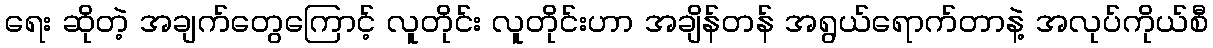
ရေး ဆိုတဲ့ အချက်တွေကြောင့် လူတိုင်း လူတိုင်းဟာ အချိန်တန် အရွယ်ရောက်တာနဲ့ အလုပ်ကိုယ်စီ